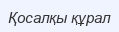
Қосалқы құрал